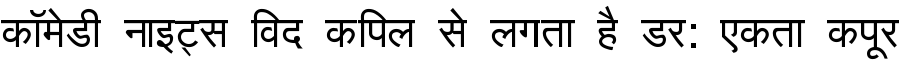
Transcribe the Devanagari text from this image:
कॉमेडी नाइट्स विद कपिल से लगता है डर: एकता कपूर